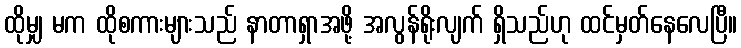
ထိုမျှ မက ထိုစကားများသည် နာတာရှာအဖို့ အလွန်ရိုးလျက် ရှိသည်ဟု ထင်မှတ်နေလေပြီ။